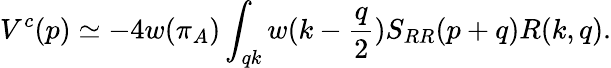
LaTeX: V^{c}(p)\simeq-4w(\pi_{A})\int_{qk}w(k-{\frac{q}{2}})S_{RR}(p+q)R(k,q).